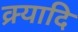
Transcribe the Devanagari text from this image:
क्र्यादि